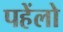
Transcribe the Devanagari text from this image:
पहेंलो